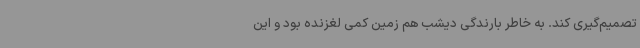
تصمیم‌گیری کند. به خاطر بارندگی دیشب هم زمین کمی لغزنده بود و این